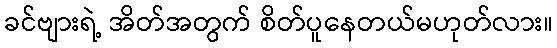
ခင်ဗျားရဲ့ အိတ်အတွက် စိတ်ပူနေတယ်မဟုတ်လား။